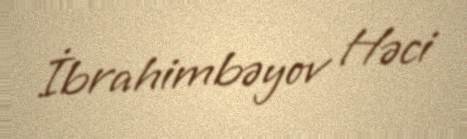
İbrahimbəyov Həci